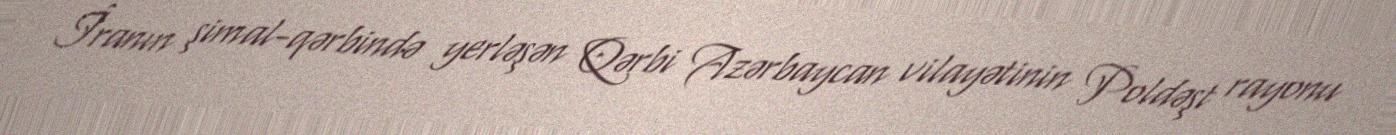
İranın şimal-qərbində yerləşən Qərbi Azərbaycan vilayətinin Poldəşt rayonu